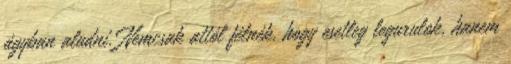
ágyban aludni. Nemcsak attól félnék, hogy esetleg legurulok, hanem